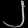
Digit: ၂